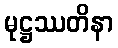
မုဋ္ဌဿတိနာ